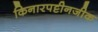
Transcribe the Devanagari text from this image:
किनारपट्टीनजीक